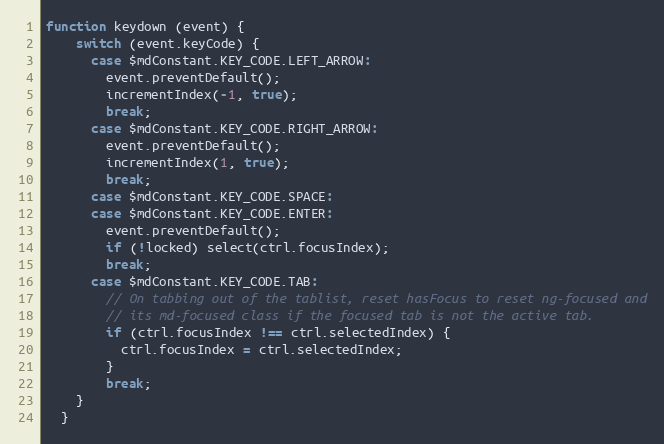
Language: JavaScript
function keydown (event) {
    switch (event.keyCode) {
      case $mdConstant.KEY_CODE.LEFT_ARROW:
        event.preventDefault();
        incrementIndex(-1, true);
        break;
      case $mdConstant.KEY_CODE.RIGHT_ARROW:
        event.preventDefault();
        incrementIndex(1, true);
        break;
      case $mdConstant.KEY_CODE.SPACE:
      case $mdConstant.KEY_CODE.ENTER:
        event.preventDefault();
        if (!locked) select(ctrl.focusIndex);
        break;
      case $mdConstant.KEY_CODE.TAB:
        // On tabbing out of the tablist, reset hasFocus to reset ng-focused and
        // its md-focused class if the focused tab is not the active tab.
        if (ctrl.focusIndex !== ctrl.selectedIndex) {
          ctrl.focusIndex = ctrl.selectedIndex;
        }
        break;
    }
  }